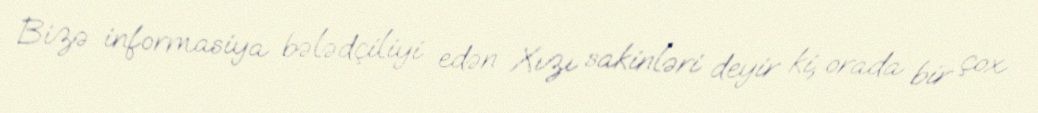
Bizə informasiya bələdçiliyi edən Xızı sakinləri deyir ki, orada bir çox